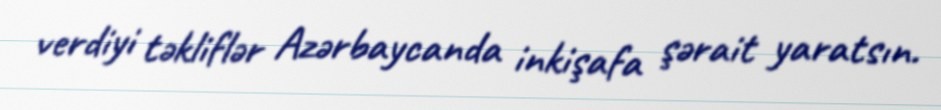
verdiyi təkliflər Azərbaycanda inkişafa şərait yaratsın.